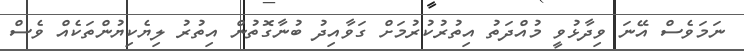
ނަމަވެސް އޭނަ ވިދާޅުވީ މުއްދަތު އިތުރުކުރުމަށް ގަވާއިދު ބުނާގޮތުން އިތުރު ލިޔެކިޔުންތަކެއް ވެސް